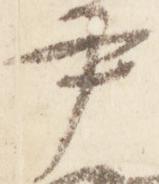
尹